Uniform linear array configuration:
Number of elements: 4
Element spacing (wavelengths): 1
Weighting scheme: hann
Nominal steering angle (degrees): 0
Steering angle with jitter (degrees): -1.612
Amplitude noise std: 0.05
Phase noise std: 0.05

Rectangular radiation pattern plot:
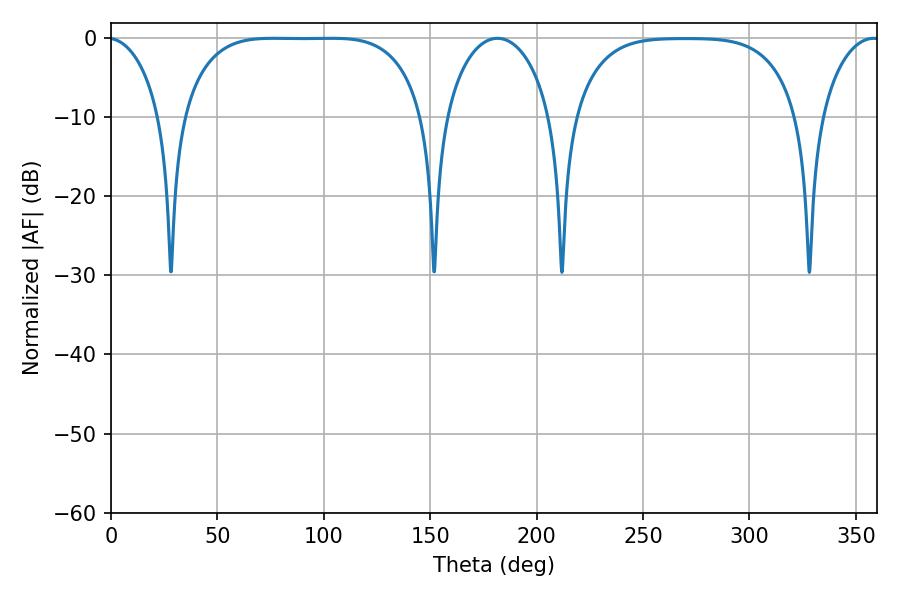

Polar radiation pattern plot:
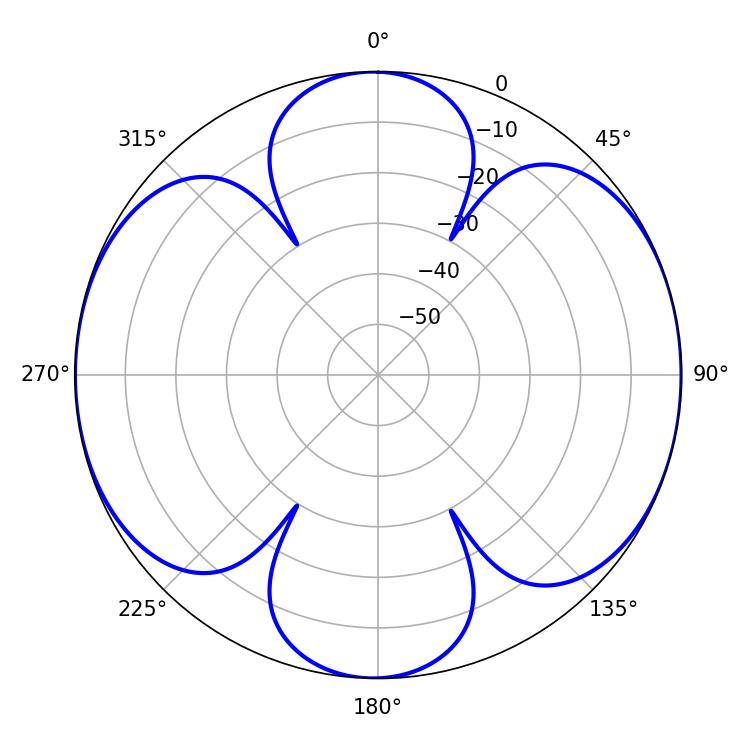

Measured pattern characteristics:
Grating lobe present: TRUE
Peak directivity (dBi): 12.348
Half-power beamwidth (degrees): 16.02
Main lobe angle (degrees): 358.38